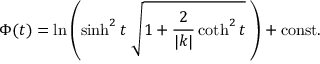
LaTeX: \Phi ( t ) = \ln \left( \sinh ^ { 2 } t \; \sqrt { 1 + \frac { 2 } { | k | } \coth ^ { 2 } t } \; \right) + \mathrm { c o n s t . }